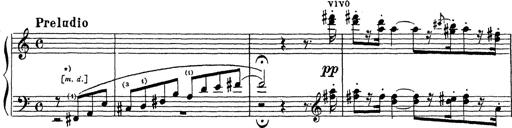
Title: Ballade No.1
Composer: Richard St. Clair